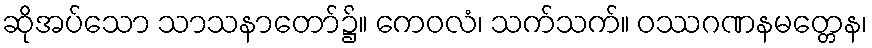
ဆိုအပ်သော သာသနာတော်၌။ ကေဝလံ၊ သက်သက်။ ဝဿဂဏနမတ္တေန၊